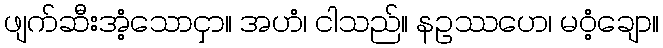
ဖျက်ဆီးအံ့သောငှာ။ အဟံ၊ ငါသည်။ နဥဿဟေ၊ မဝံ့ချော။